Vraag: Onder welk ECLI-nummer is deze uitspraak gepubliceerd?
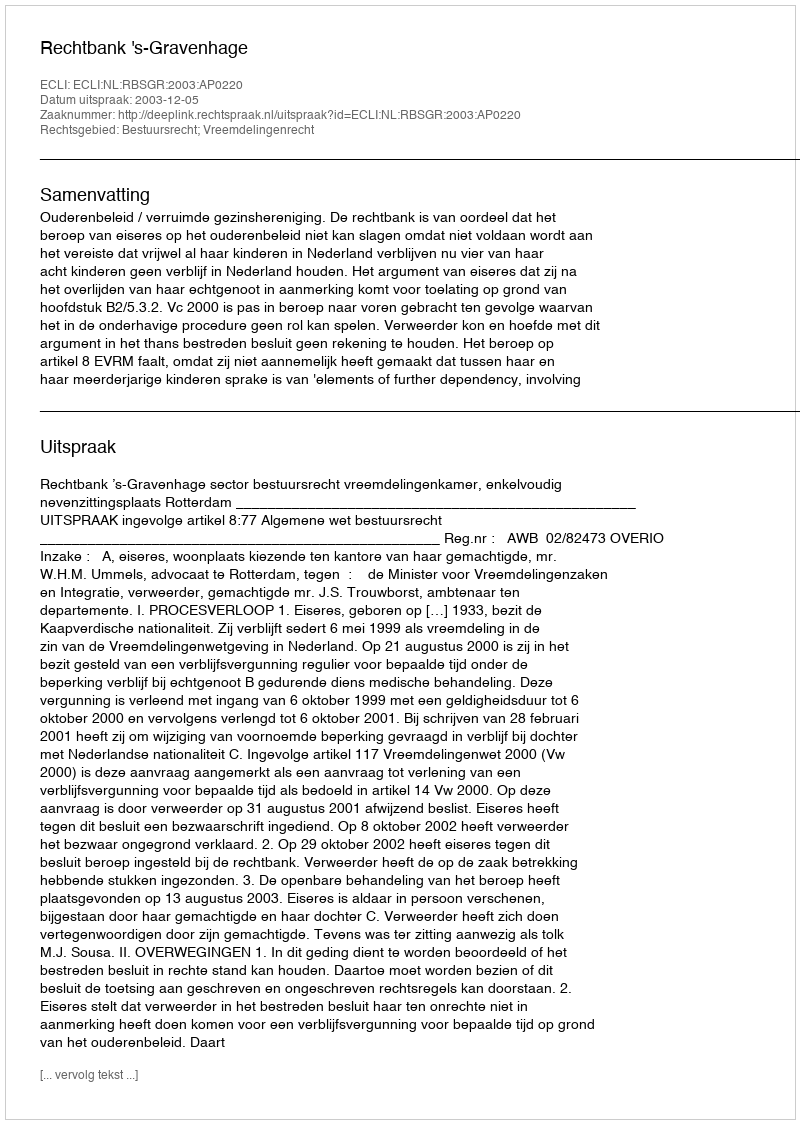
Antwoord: ECLI:NL:RBSGR:2003:AP0220